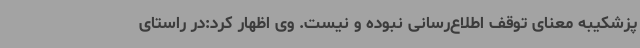
پزشکیبه معنای توقف اطلاع‌رسانی نبوده و نیست. وی اظهار کرد:در راستای